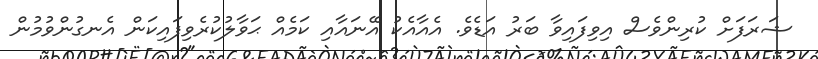
ޝަރަފަށް ކުރިންވެސް އިވިފައިވާ ބަރު އަޑެވެ. އެއާއެކު އޭނައާއި ކަމެއް ޙަވާލުކުރެވިފައިކަން އެނގުންވުމުން